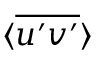
\langle \overline { { u ^ { \prime } v ^ { \prime } } } \rangle